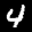
Label: 4